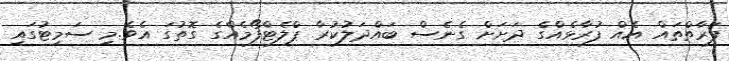
ފަރާތްތައް އެއް ފުރާޅެއްގެ ދަށަށް ގެނެސް ބައްދަލުކުރާ ޕްލެޓްފޯމެއްގެ ގޮތުގަ އެވެ.މި ސަމިޓުގައި